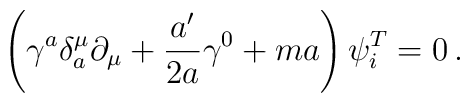
\left(\gamma ^a \delta _a^\mu\partial _\mu + \frac{ a'}{2a}\gamma^0 + ma \right)\psi_i^T=0 \,.